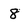
Character: 8